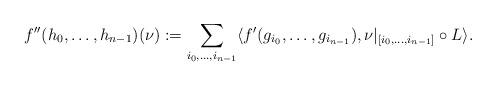
LaTeX: \begin{align*}f''(h_0,\ldots, h_{n-1})(\nu):=\sum_{i_0,\ldots, i_{n-1}}\langle f'(g_{i_0},\ldots, g_{i_{n-1}}), \nu|_{[i_0,\ldots, i_{n-1}]} \circ L\rangle.\end{align*}